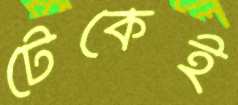
টেকেই